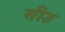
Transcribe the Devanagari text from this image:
सीउ